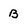
Character: B